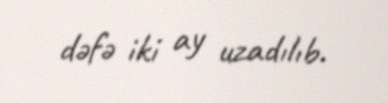
dəfə iki ay uzadılıb.